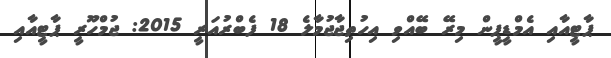
ޕާޓީއާއި އެމްޑީޕީން މިރޭ ބޭއްވި އިހުތިޖާޖުމާލެ 18 ފެބްރުއަރީ 2015: ޖުމްހޫރީ ޕާޓީއާއި